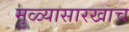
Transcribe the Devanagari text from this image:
मुळ्यासारखाच